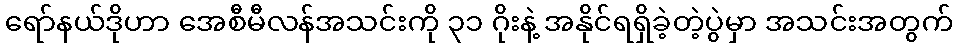
ရော်နယ်ဒိုဟာ အေစီမီလန်အသင်းကို ၃၁ ဂိုးနဲ့ အနိုင်ရရှိခဲ့တဲ့ပွဲမှာ အသင်းအတွက်